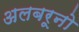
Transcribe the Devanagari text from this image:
अलबरूनो